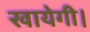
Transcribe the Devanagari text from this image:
खायेगी।